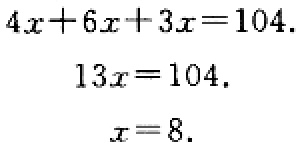
\[
\begin{align*}
4x + 6x+3x&=104\\
13x&=104\\
x&=8
\end{align*}
\]